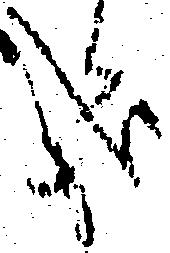
哉